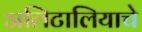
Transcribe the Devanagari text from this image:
अलिटालियाचे